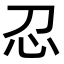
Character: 𢖫